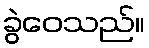
ခွဲဝေသည်။